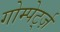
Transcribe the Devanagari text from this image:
गोम्पेर्ट्ज़